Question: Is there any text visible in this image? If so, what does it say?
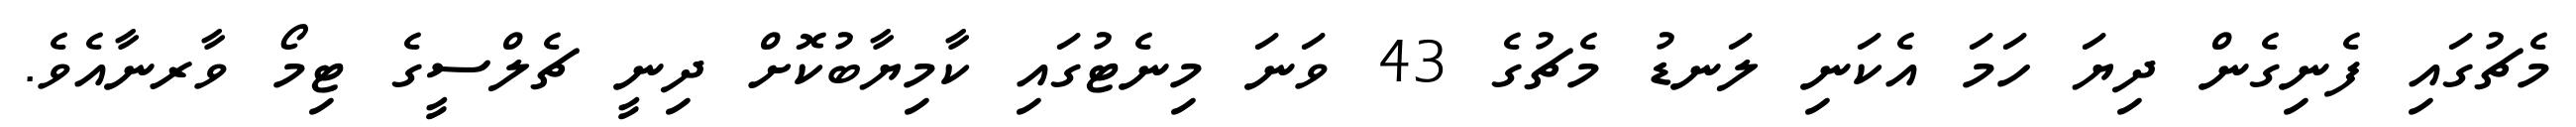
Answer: މެޗުގައި ފެނިގެން ދިޔަ ހަމަ އެކަނި ލަނޑު މެޗުގެ 43 ވަނަ މިނެޓުގައި ކާމިޔާބުކޮށް ދިނީ ޗެލްސީގެ ޓިމޯ ވާރނާއެވެ.